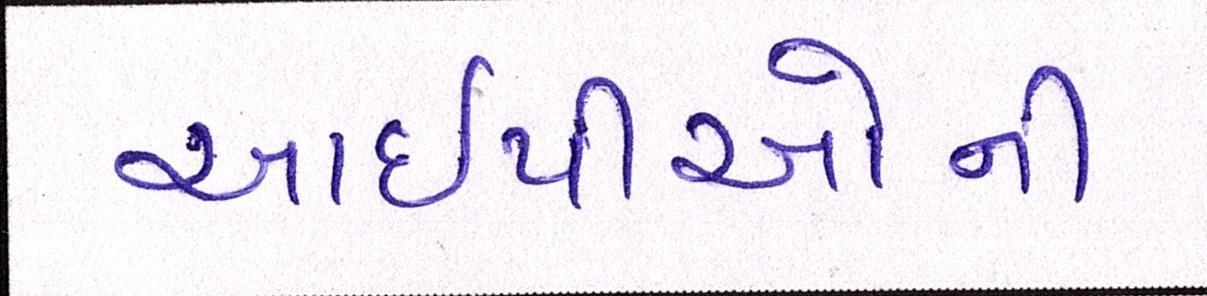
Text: આઇપીઓની